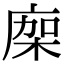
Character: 𢉤